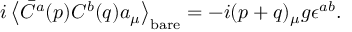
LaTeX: i \left< \bar { C } ^ { a } ( p ) C ^ { b } ( q ) a _ { \mu } \right> _ { \mathrm { b a r e } } = - i ( p + q ) _ { \mu } g \epsilon ^ { a b } .